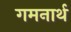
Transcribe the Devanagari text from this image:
गमनार्थ